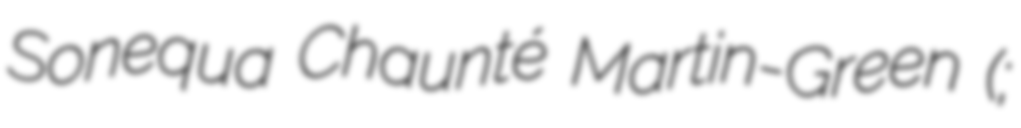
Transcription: Sonequa Chaunté Martin-Green (;